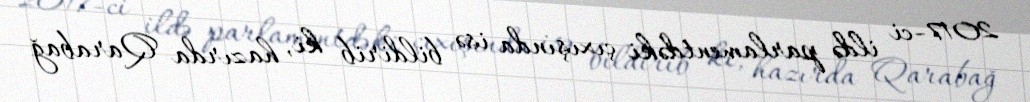
2017-ci ildə parlamentdəki çıxışında isə bildirib ki, hazırda Qarabağ